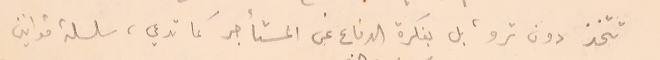
تتخذ دون ترو، بل بفكرة الدفاع عن المستأجر كما تدعي، سلسلة قوانين